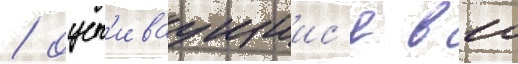
/ оцен'иваущиис'я в 10